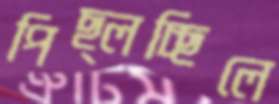
পিছ্‌লচ্ছিলে